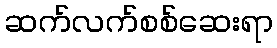
ဆက်လက်စစ်ဆေးရာ